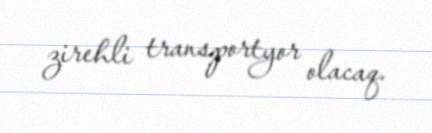
zirehli transportyor olacaq.